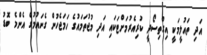
އަދި ތައުލީމަކީ އިގްތިސޯދީ ކުރިއެރުމަށްޓަކައި އަދި މުޖުތަމައުގެ ހަމަޖެހުން ގެނައުމުގެ އެންމެ ބޮޑު